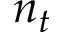
n _ { t }